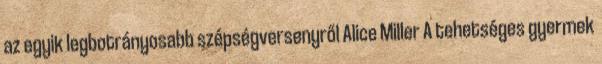
az egyik legbotrányosabb szépségversenyről Alice Miller A tehetséges gyermek